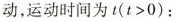
动，运动时间为t（$$t > 0$$）：